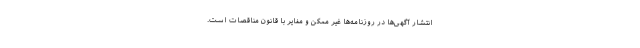
انتشار آگهی­‌ها در روزنامه­‌ها غیر ممکن و مغایر با قانون مناقصات است.